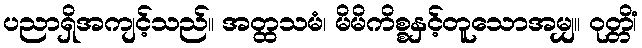
ပညာရှိအကျင့်သည်။ အတ္ထသမံ၊ မိမိကိစ္စနှင့်တူသောအမျှ။ ဝုတ္တိံ၊